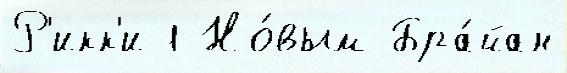
Р'икк'и 1 Но́вым Бра́йан